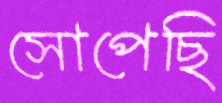
সোপেছি